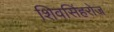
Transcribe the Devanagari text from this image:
शिवसिंहरोज